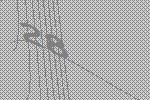
28